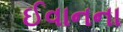
ઈવાનના